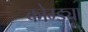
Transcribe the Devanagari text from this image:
कोम्ड्या